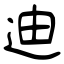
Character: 迪